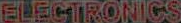
ELECTRONICS